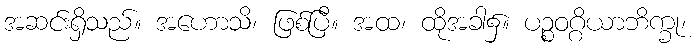
အဆင်းရှိသည်။ အဟောသိ၊ ဖြစ်ပြီ။ အထ၊ ထိုအခါ၌။ ပဉ္စဝဂ္ဂိယာဘိက္ခု၊